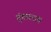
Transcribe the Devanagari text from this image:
तुंगारराय